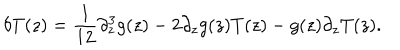
\delta T ( z ) = \frac { 1 } { 1 2 } \partial _ { z } ^ { 3 } g ( z ) - 2 \partial _ { z } g ( z ) T ( z ) - g ( z ) \partial _ { z } T ( z ) .